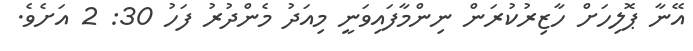
އޭނާ ޕޮލިހަށް ހާޒިރުކުރަން ނިންމާފައިވަނީ މިއަދު މެންދުރު ފަހު 30: 2 އަށެވެ.